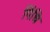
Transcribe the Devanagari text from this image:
पिंधि